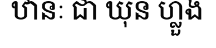
ឋានៈ ជា ឃុន ហ្លួង